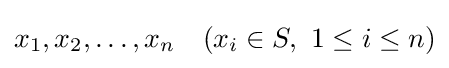
\displaystyle x_{1},x_{2},\ldots ,x_{n}\quad (x_{i}\in S,\ 1\leq i\leq n)